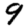
Digit: 9